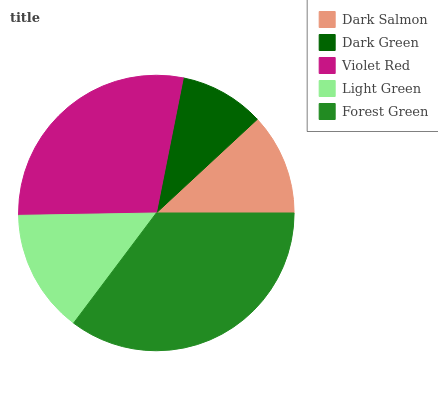
| Dark Salmon | Dark Green | Violet Red | Light Green | Forest Green |
 | --- | --- | --- | --- | --- |
 | 11.9% | 9.98% | 28.4% | 14.5% | 35.2% |